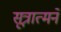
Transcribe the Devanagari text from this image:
सूत्रात्मने